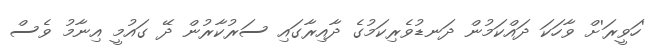
'ހަވީރަ'ށް ވާހަކަ ދައްކަމުން ދަނޑުވެރިކަމުގެ ދާއިރާގައި ސަރުކާރުން ދޭ ގައުމީ އިނާމު ވެސް